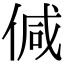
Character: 𠊭